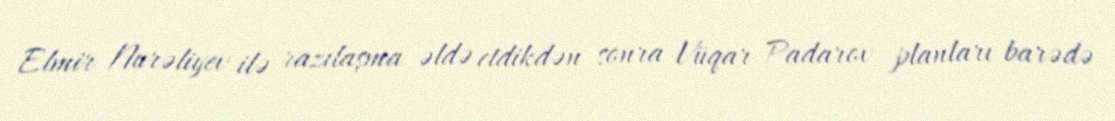
Elmir Nurəliyev ilə razılaşma əldə etdikdən sonra Vüqar Padarov planları barədə